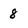
Character: 8